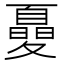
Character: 𡕾